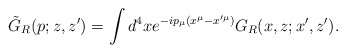
\begin{align*}\tilde G_R(p;z,z')=\int d^4x e^{-ip_{\mu}(x^{\mu}-x'^{\mu})} G_R(x,z;x^{\prime}, z^{\prime}).\end{align*}